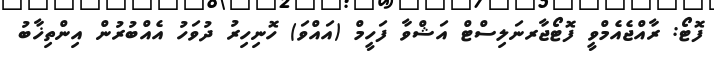
ފޮޓޯ: ރާއްޖެއެމްވީ ފޮޓޯޖާރނަލިސްޓް އަޝްވާ ފަހީމް (އައްވަ) ހޮނިހިރު ދުވަހު އެއްބުރުން އިންތިޚާބު